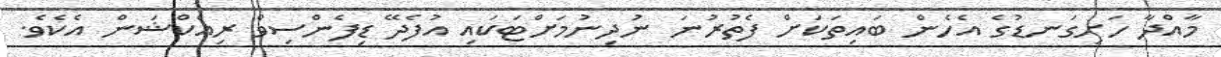
މާއްދާ ހަށިގަނޑުގެ އެހެން ބައިތަކަށް ފެތުރުނަ ނުދިނުމަށްޓަކައި އުފެދޭ ޑިފެންސިވް ރިއެކްޝަން އެކެވެ.